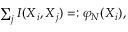
\begin{array} { r } { \sum _ { j } I ( \ensuremath { \boldsymbol { X } } _ { i } , \ensuremath { \boldsymbol { X } } _ { j } ) = : \varphi _ { N } ( \ensuremath { \boldsymbol { X } } _ { i } ) , } \end{array}